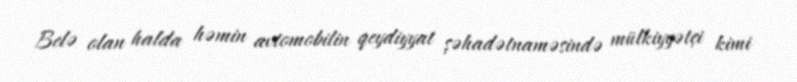
Belə olan halda həmin avtomobilin qeydiyyat şəhadətnaməsində mülkiyyətçi kimi